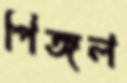
পিঙ্গল